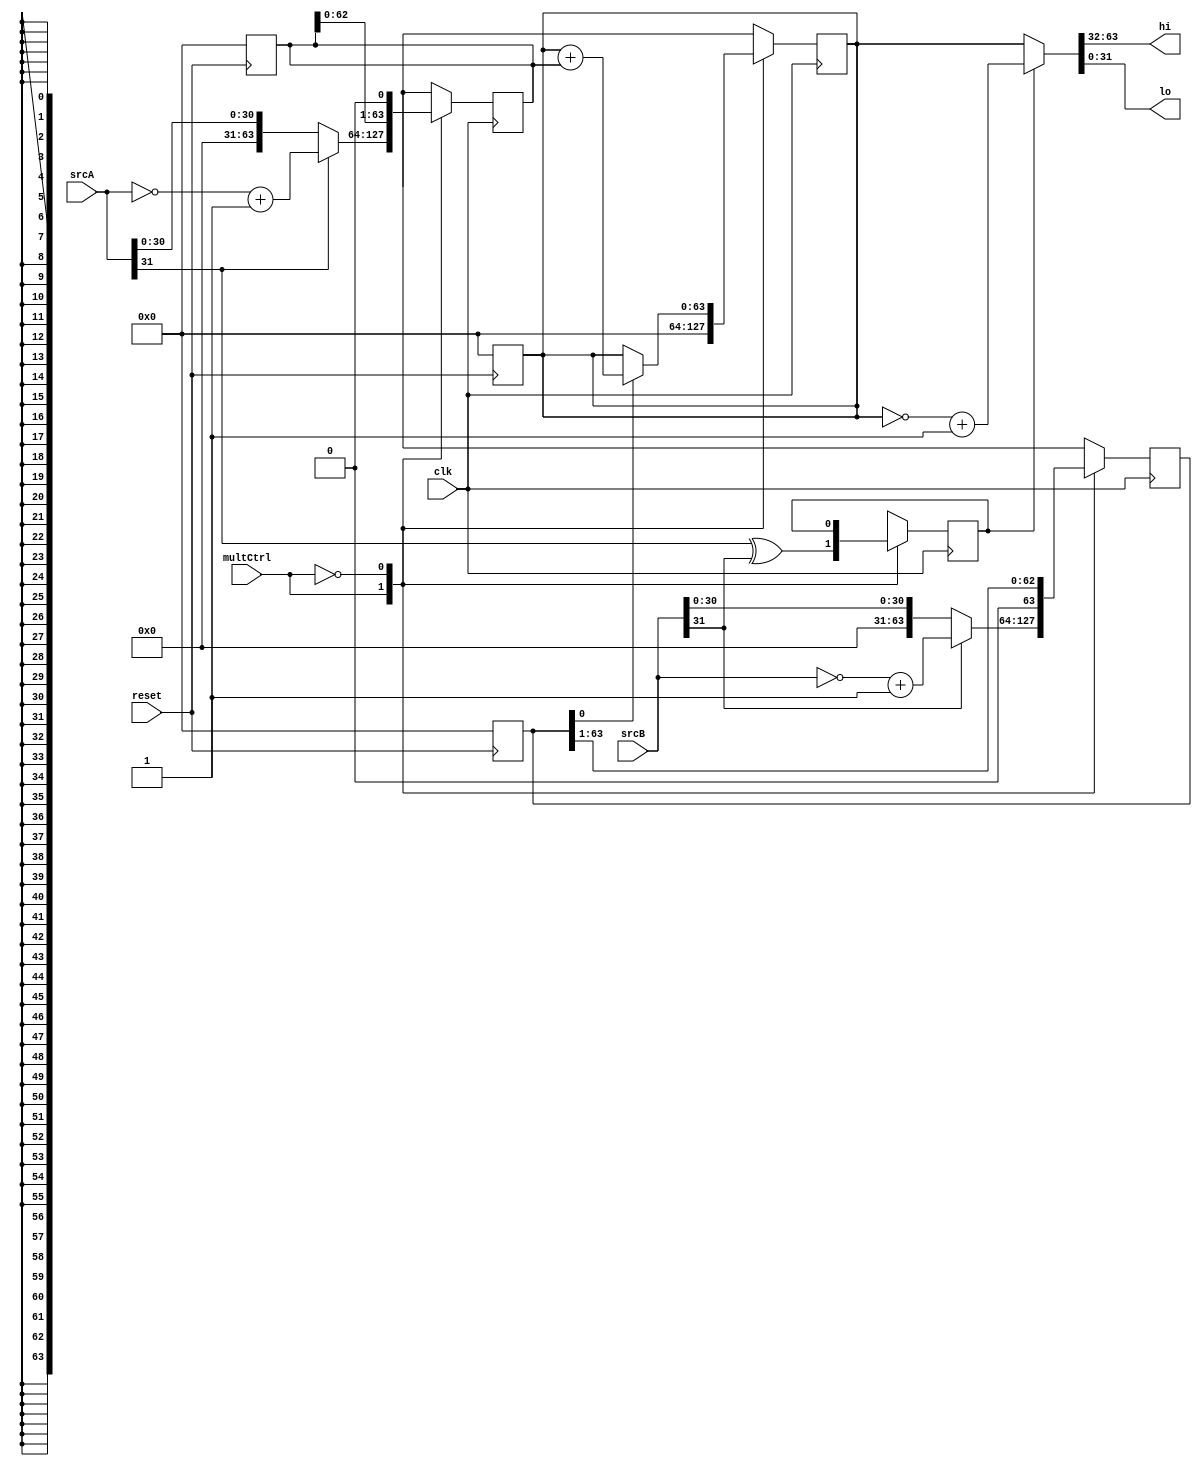
module mult (
    input wire [31:0] srcA,
    input wire [31:0] srcB,
    input wire clk,
    input wire reset,
    input wire multCtrl,
    output wire [31:0] hi,
    output wire [31:0] lo
);
    reg [63:0] a_in;
    reg [63:0] b_in;
    reg signal;
    reg signalA;
    reg signalB;    
    reg [63:0] result;
    wire [63:0] out;

    assign out = signal ? ~result + 1 : result;
    assign hi = out[63:32];
	assign lo = out[31:0];


    always @ (posedge clk) begin
        case(multCtrl)
			1'b1: begin
                signalA = srcA[31];
                signalB = srcB[31];
				a_in = signalA? ~srcA + 1 :    srcA;
				b_in = signalB? ~srcB + 1 :    srcB;
				result = 0;
                signal = srcA[31] ^ srcB[31];
			end
			
			1'b0: begin
                if(b_in[0]==1)
                begin
                    result = (result + a_in);
                end
                a_in = a_in<<1;
                b_in = b_in>>1;	
			end
		endcase
    end

    always @(negedge reset)begin
        result = 0;
        a_in = 0;
        b_in = 0;
    end

endmodule